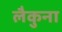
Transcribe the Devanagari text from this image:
लैकुना